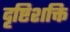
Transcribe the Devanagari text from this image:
दृष्टिशक्ति